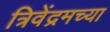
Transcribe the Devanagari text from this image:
त्रिवेंद्रमच्या